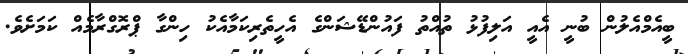
ބީއެމްއެލުން ބުނީ އެއީ އަލިފުޅު ތުއްތު ފައުންޑޭޝަންގެ އެހީތެރިކަމާއެކު ހިންގާ ޕްރޮގްރާމެއް ކަމަށެވެ.